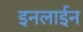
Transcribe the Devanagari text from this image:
इनलाईन